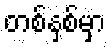
တစ်နှစ်မှာ